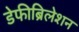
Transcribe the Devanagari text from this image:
डेफीब्रिलेशन